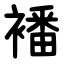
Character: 襎